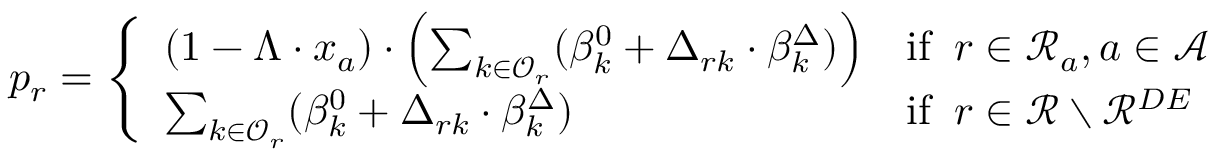
p _ { r } = \left\{ \begin{array} { l l } { ( 1 - \Lambda \cdot x _ { a } ) \cdot \left( \sum _ { k \in \mathcal { O } _ { r } } ( \beta _ { k } ^ { 0 } + \Delta _ { r k } \cdot \beta _ { k } ^ { \Delta } ) \right) } & { \mathrm { i f ~ } \: r \in \mathcal { R } _ { a } , a \in \mathcal { A } } \\ { \sum _ { k \in \mathcal { O } _ { r } } ( \beta _ { k } ^ { 0 } + \Delta _ { r k } \cdot \beta _ { k } ^ { \Delta } ) } & { \mathrm { i f ~ } \: r \in \mathcal { R } \setminus \mathcal { R } ^ { D E } } \end{array} \right.